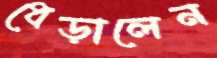
ধেড়ালেন